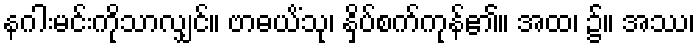
နဂါးမင်းကိုသာလျှင်။ ဗာဓယိံသု၊ နှိပ်စက်ကုန်၏။ အထ၊ ၌။ အဿ၊